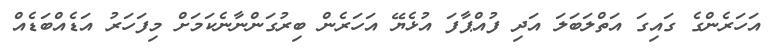
އަހަރެންގެ ގައިގަ އަތްލަބަލަ އަދި ފުއްޕާފަ އުޅެޔޭ އަހަރެން ބިރުގަންނާނެކަމަށް މިފަހަރު އަޑެއްބަޑެއް